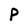
Character: p